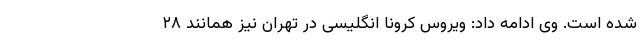
شده است. وی ادامه داد: ویروس کرونا انگلیسی در تهران نیز همانند ۲۸